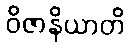
ဝိဇာနိယာတိ